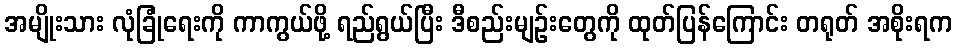
အမျိုးသား လုံခြုံရေးကို ကာကွယ်ဖို့ ရည်ရွယ်ပြီး ဒီစည်းမျဉ်းတွေကို ထုတ်ပြန်ကြောင်း တရုတ် အစိုးရက